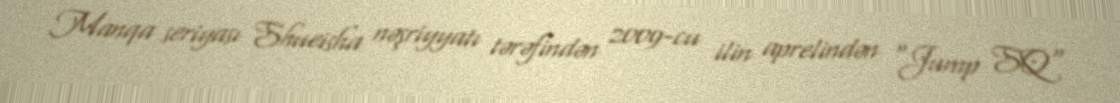
Manqa seriyası Shueisha nəşriyyatı tərəfindən 2009-cu ilin aprelindən "Jump SQ"